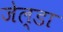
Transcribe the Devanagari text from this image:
जेल्डा